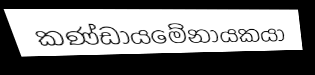
කණ්ඩායමේනායකයා